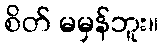
စိတ် မမှန်ဘူး။